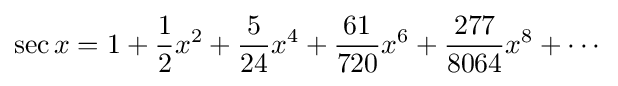
\sec x=1+{\frac {1}{2}}x^{2}+{\frac {5}{24}}x^{4}+{\frac {61}{720}}x^{6}+{\frac {277}{8064}}x^{8}+\cdots